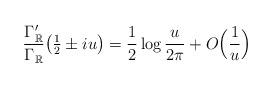
LaTeX: \begin{align*}\frac{\Gamma_\mathbb{R}'}{\Gamma_\mathbb{R}}\big(\tfrac{1}{2}\pm iu \big) = \frac{1}{2} \log \frac{u}{2\pi} + O\Big(\frac{1}{u}\Big)\end{align*}